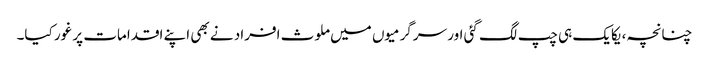
چنانچہ، یکایک ہی چپ لگ گئی اور سرگرمیوں میں ملوث افراد نے بھی اپنے اقدامات پر غور کیا۔